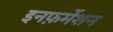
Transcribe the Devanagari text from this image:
इनफ़र्मेशन